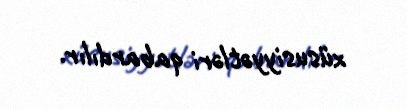
xüsusiyyətləri qabardılır.